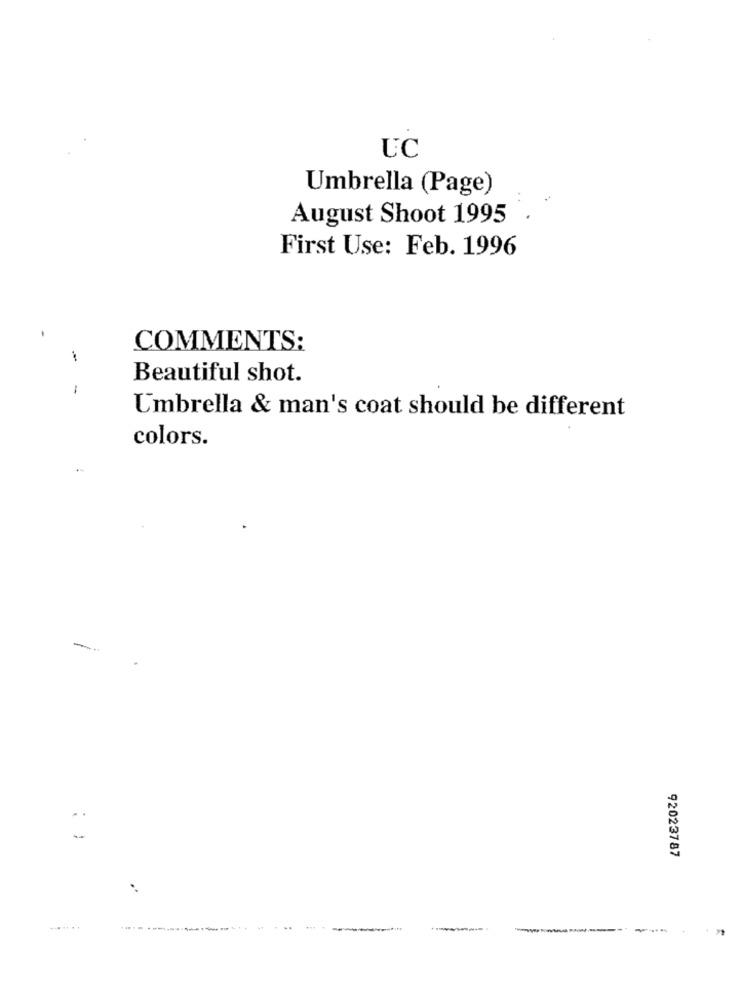
UC
Umbrella (Page)
August Shoot 1995
First Use: Feb. 1996
-
COMMENTS:
Beautiful shot.
1
Umbrella & man's coat should be different
colors.
92023787